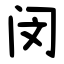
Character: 闵